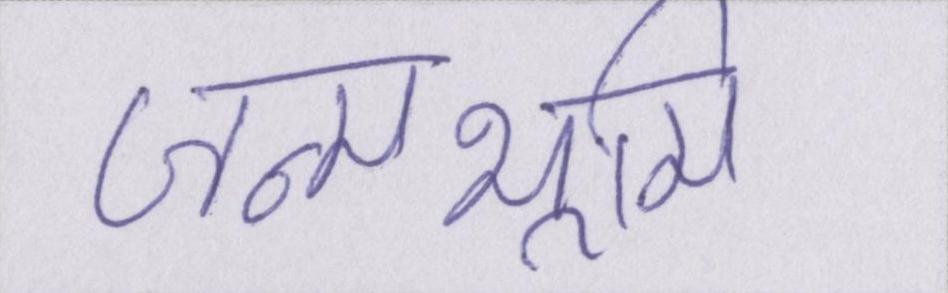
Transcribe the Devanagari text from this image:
जन्मभूमि